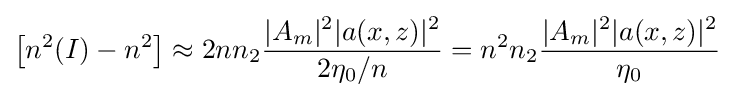
\left[n^{2}(I)-n^{2}\right]\approx 2nn_{2}{\frac {|A_{m}|^{2}|a(x,z)|^{2}}{2\eta _{0}/n}}=n^{2}n_{2}{\frac {|A_{m}|^{2}|a(x,z)|^{2}}{\eta _{0}}}